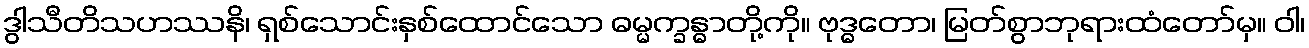
ဒွါသီတိသဟဿနိ၊ ရှစ်သောင်းနှစ်ထောင်သော ဓမ္မက္ခန္ဓာတို့ကို။ ဗုဒ္ဓတော၊ မြတ်စွာဘုရားထံတော်မှ။ ဝါ၊